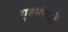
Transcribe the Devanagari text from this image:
गृहसंघर्षों